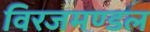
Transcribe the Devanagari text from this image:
विरजमण्डल